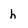
Character: h